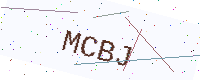
Text: MCBJ